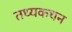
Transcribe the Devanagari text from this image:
तथ्यकथन